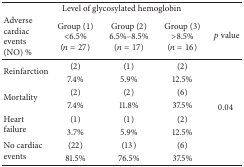
| <COLSPAN=5> Level of glycosylated hemoglobin |
 | Adverse cardiac events (NO) % | Group (1)<6.5% (n = 27) | Group (2)6.5%–8.5%(n = 17) | Group (3)>8.5%(n = 16) | p value |
 | --- | --- | --- | --- | --- |
 | <ROWSPAN=2> Reinfarction | (2) | (1) | (2) | <ROWSPAN=8> 0.04 |
 | 7.4% | 5.9% | 12.5% |
 | <ROWSPAN=2> Mortality | (2) | (2) | (6) |
 | 7.4% | 11.8% | 37.5% |
 | <ROWSPAN=2> Heart failure | (1) | (1) | (2) |
 | 3.7% | 5.9% | 12.5% |
 | <ROWSPAN=2> No cardiac events | (22) | (13) | (6) |
 | 81.5% | 76.5% | 37.5% |